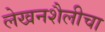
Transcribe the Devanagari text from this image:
लेखनशैलीचा